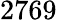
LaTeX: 2769